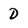
Character: D